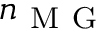
n _ { \mathrm { ~ M ~ G ~ } }